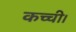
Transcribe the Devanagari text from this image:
कच्ची।